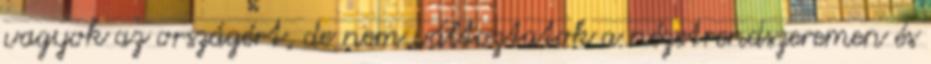
vagyok az országért, de nem változtatok a nézetrendszeremen és